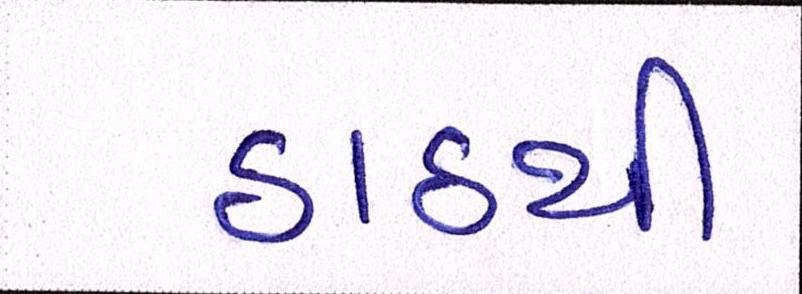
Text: ઠાઠથી